Leaving Certificate Examination, 1908
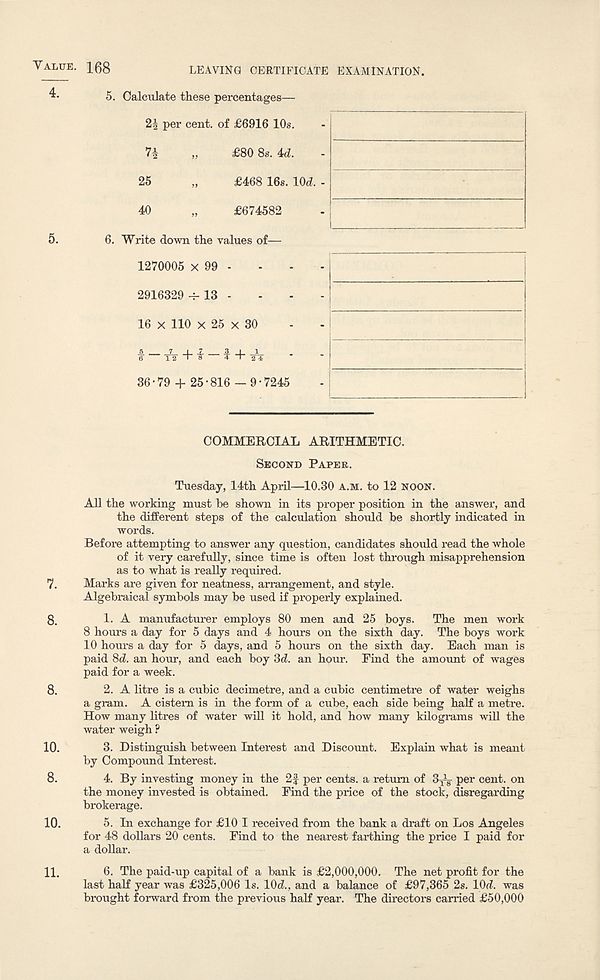
Value. Ifig
LEAVIKG CERTIFICATE EXAMINATION.
5. Calculate these percentages—
COMMERCIAL ARITHMETIC.
Second Paper.
Tuesday, 14th April—10.30 a.m. to 12 noon.
All the working must be shown in its proper position in the answer, and
the different steps of the calculation should be shortly indicated in
words.
Before attempting to answer any question, candidates should read the whole
of it very carefully, since time is often lost through misapprehension
as to what is really required.
7. Marks are given for neatness, arrangement, and style.
Algebraical symbols may be used if properly explained.
8.
1. A manufactm-er employs 80 men and 25 boys. The men work
8 hours a day for 5 days and 4 hours on the sixth day. The boys work
10 hours a day for 5 days, and 5 hours on the sixth day. Each man is
paid Sd. an hour, and each boy 3d. an hour. Find the amount of wages
paid for a week.
8.
2. A litre is a cubic decimetre, and a cubic centimetre of water weighs
a gram. A cistern is in the form of a cube, each side being half a metre.
How many litres of water will it hold, and how many kilograms will the
water weigh ?
10.
3. Distinguish between Interest and Discount. Explain what is meant
by Compound Interest.
8.
4. By investing money in the 2f per cents, a return of 3^ per cent, on
the money invested is obtained. Find the price of the stock, disregarding
brokerage.
10.
5. In exchange for £10 I received from the bank a draft on Los Angeles
for 48 dollars 20 cents. Find to the nearest farthing the price I paid for
a dollar.
11.
6. The paid-up capital of a bank is £2,000,000. The net profit for the
last half year was £325,006 Is. 10d., and a balance of £97,365 2s. lOd. was
brought forward from the previous half year. The directors carried £50,000